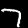
Label: 7